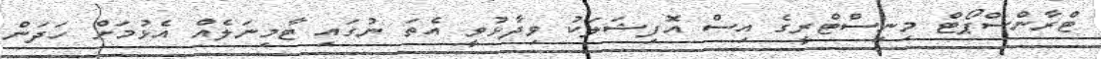
ޓްރާންސްޕޯޓް މިނިސްޓްރީގެ އިސް އޮފިޝަލަކު ވިދާޅުވީ އެތަ ނުގައި ޓާމިނަލެއް އެޅުމަށް ހަދަން